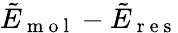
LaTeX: \tilde{E}_{\mathrm{~m~o~l~}}-\tilde{E}_{\mathrm{~r~e~s~}}